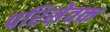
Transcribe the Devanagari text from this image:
परिसेवक